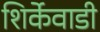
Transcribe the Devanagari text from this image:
शिर्केवाडी